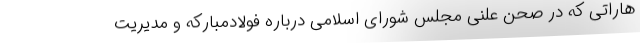
هاراتی که در صحن علنی مجلس شورای اسلامی درباره فولادمبارکه و مدیریت